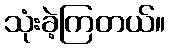
သုံးခဲ့ကြတယ်။